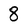
Character: 8